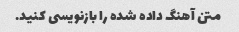
متن آهنگ داده شده را بازنویسی کنید.